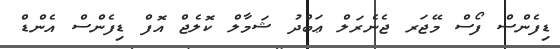
ޑިފެންސް ފޯސް މޭޖަރ ޖެނެރަލް ޢަބްދު ޝަމާލް ކޮލެޖް އޮފް ޑިފެންސް އެންޑް